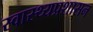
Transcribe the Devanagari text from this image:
स्वास्थ्यप्रशासन